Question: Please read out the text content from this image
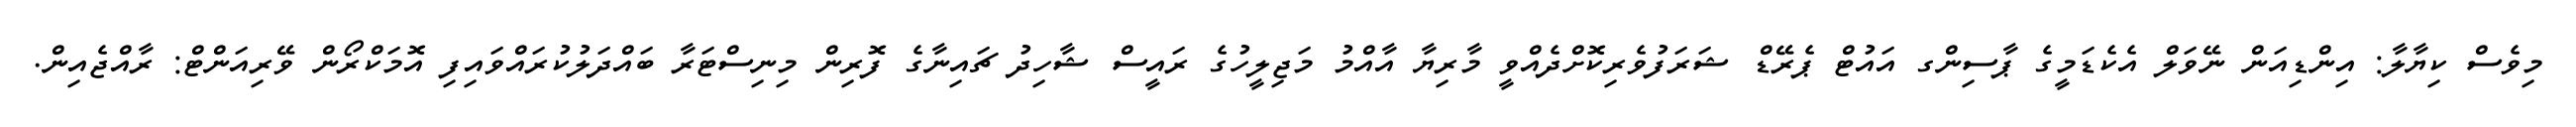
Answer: މިވެސް ކިޔާލާ: އިންޑިއަން ނޭވަލް އެކެޑަމީގެ ޕާސިންގ އައުޓް ޕެރޭޑް ޝަރަފުވެރިކޮށްދެއްވީ މާރިޔާ އާއްމު މަޖިލީހުގެ ރައީސް ޝާހިދު ޗައިނާގެ ފޮރިން މިނިސްޓަރާ ބައްދަލުކުރައްވައިފި އޮމަކްރޯން ވޭރިއަންޓް: ރާއްޖެއިން.